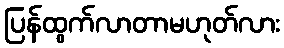
ပြန်ထွက်လာတာမဟုတ်လား